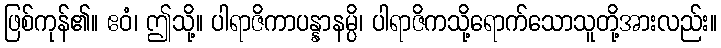
ဖြစ်ကုန်၏။ ဧဝံ၊ ဤသို့။ ပါရာဇိကာပန္နာနမ္ပိ၊ ပါရာဇိကသို့ရောက်သောသူတို့အားလည်း။